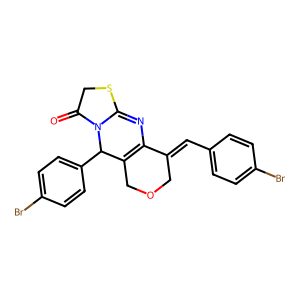
SMILES: O=C1CSC2=NC3=C(COCC3=Cc3ccc(Br)cc3)C(c3ccc(Br)cc3)N12
Inhibits HIV replication: No